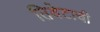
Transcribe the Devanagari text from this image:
तिबेटाची